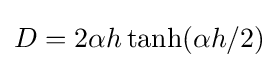
D=2\alpha h\tanh(\alpha h/2)